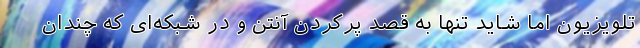
تلویزیون اما شاید تنها به قصد پُر‌کردن آنتن و در شبکه‌ای که چندان